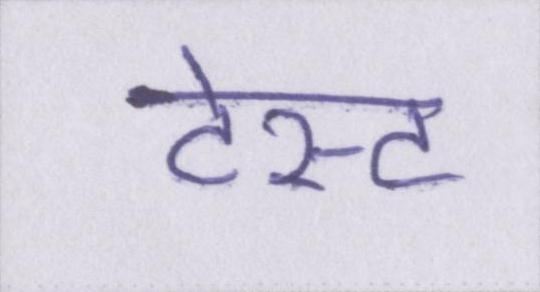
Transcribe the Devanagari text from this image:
टेस्ट